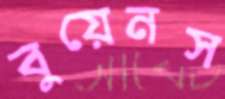
বুয়েনস